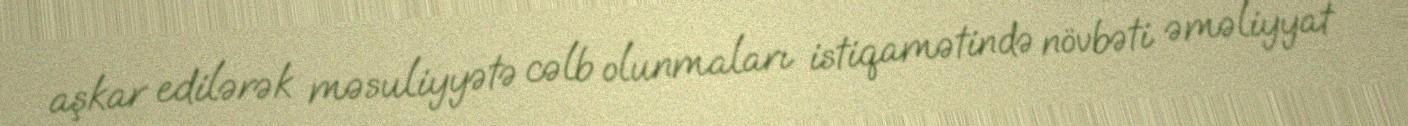
aşkar edilərək məsuliyyətə cəlb olunmaları istiqamətində növbəti əməliyyat